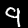
Digit: 9